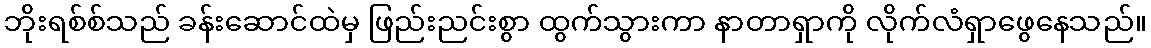
ဘိုးရစ်စ်သည် ခန်းဆောင်ထဲမှ ဖြည်းညင်းစွာ ထွက်သွားကာ နာတာရှာကို လိုက်လံရှာဖွေနေသည်။